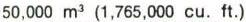
50.000 m3 1,765,000 cu. ft.